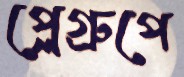
প্লেগ্রুপে